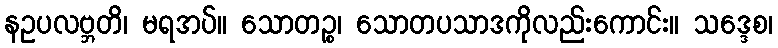
နဥပလဗ္ဘတိ၊ မရအပ်။ သောတဉ္စ၊ သောတပသာဒကိုလည်းကောင်း။ သဒ္ဒေစ၊